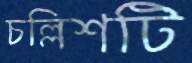
চল্লিশটি